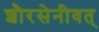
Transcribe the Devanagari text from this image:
शौरसेनीवत्